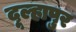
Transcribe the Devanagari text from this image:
दूल्हापुर